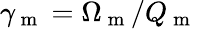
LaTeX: \gamma_{\mathrm{~m~}}=\Omega_{\mathrm{~m~}}/Q_{\mathrm{~m~}}